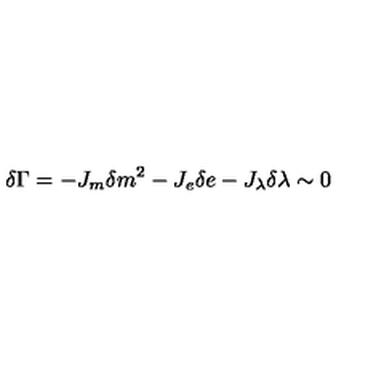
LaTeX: \delta \Gamma = - J _ { m } \delta m ^ { 2 } - J _ { e } \delta e - J _ { \lambda } \delta \lambda \sim 0